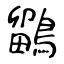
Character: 鶹